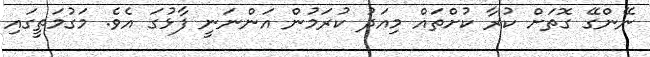
ނޭންގޭ ގޮތަށް ކުރާ ކުށްތައް މިއަދު ކުރަމުން އަންނަނީ ފާޅުގަ އެވެ. މަގުމަތީގައި